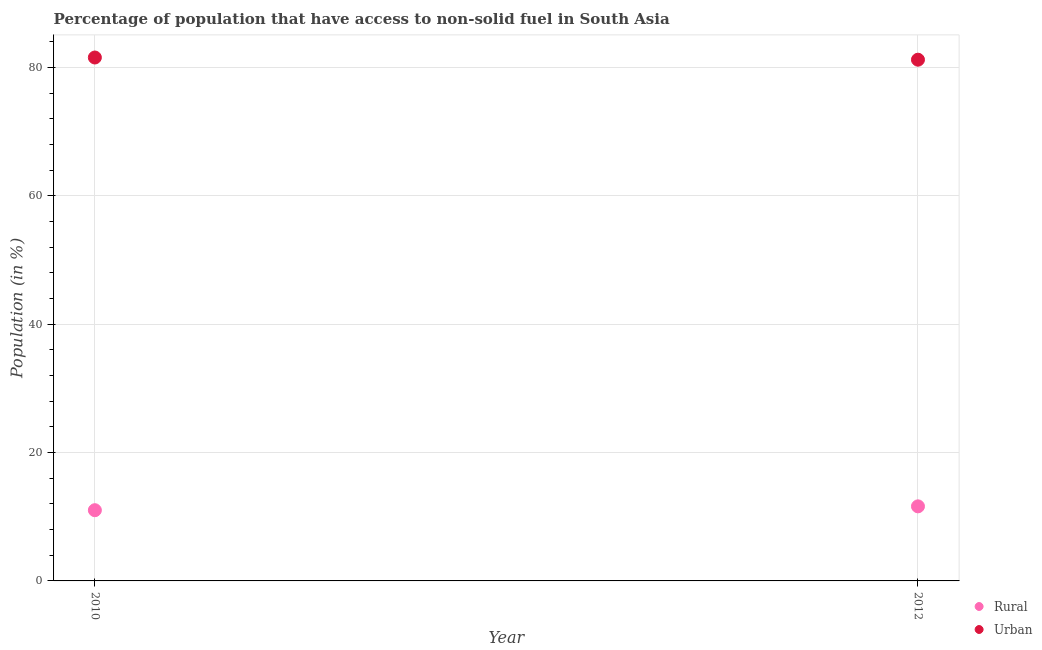
| Year | Rural | Urban |
 | --- | --- | --- |
 | 2010 | 11 | 81.6 |
 | 2012 | 11.6 | 81.2 |